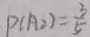
P ( A _ { 2 } ) = \frac { 3 } { 5 }